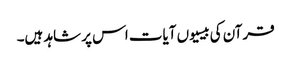
قرآن کی بیسیوں آیات اس پر شاہد ہیں۔